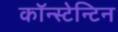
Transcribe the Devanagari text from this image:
कॉन्स्टेन्टिन